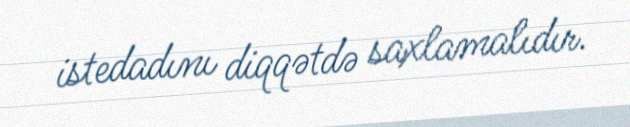
istedadını diqqətdə saxlamalıdır.